Lunatic asylums Madras 1877-1891 - 1877-1891
Year: 1877
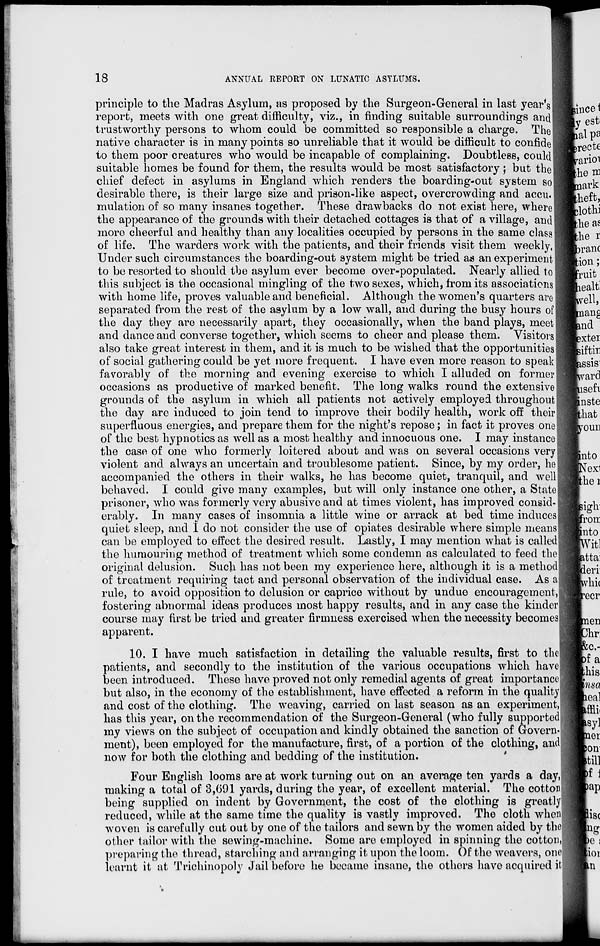
18
ANNUAL REPORT ON LUNATIC ASYLUMS.
principle to the Madras Asylum, as proposed by the Surgeon-General in last year's
report, meets with one great difficulty, viz., in finding suitable surroundings and
trustworthy persons to whom could be committed so responsible a charge. The
native character is in many points so unreliable that it would be difficult to confide
to them poor creatures who would be incapable of complaining. Doubtless, could
suitable homes be found for them, the results would be most satisfactory; but the
chief defect in asylums in England which renders the boarding-out system so
desirable there, is their large size and prison-like aspect, overcrowding and accu-
mulation of so many insanes together. These drawbacks do not exist here, where
the appearance of the grounds with their detached cottages is that of a village, and
more cheerful and healthy than any localities occupied by persons in the same class
of life. The warders work with the patients, and their friends visit them weekly.
Under such circumstances the boarding-out system might be tried as an experiment
to be resorted to should the asylum ever become over-populated. Nearly allied to
this subject is the occasional mingling of the two sexes, which, from its associations
with home life, proves valuable and beneficial. Although the women's quarters are
separated from the rest of the asylum by a low wall, and during the busy hours of
the day they are necessarily apart, they occasionally, when the band plays, meet
and dance and converse together, which seems to cheer and please them. Visitors
also take great interest in them, and it is much to be wished that the opportunities
of social gathering could be yet more frequent. I have even more reason to speak
favorably of the morning and evening exercise to which I alluded on former
occasions as productive of marked benefit. The long walks round the extensive
grounds of the asylum in which all patients not actively employed throughout
the day are induced to join tend to improve their bodily health, work off their
superfluous energies, and prepare them for the night's repose; in fact it proves one
of the best hypnotics as well as a most healthy and innocuous one. I may instance
the case of one who formerly loitered about and was on several occasions very
violent and always an uncertain and troublesome patient. Since, by my order, he
accompanied the others in their walks, he has become quiet, tranquil, and well
behaved. I could give many examples, but will only instance one other, a State
prisoner, who was formerly very abusive and at times violent, has improved consid-
erably. In many cases of insomnia a little wine or arrack at bed time induces
quiet sleep, and I do not consider the use of opiates desirable where simple means
can be employed to effect the desired result. Lastly, I may mention what is called
the humouring method of treatment which some condemn as calculated to feed the
original delusion. Such has not been my experience here, although it is a method
of treatment requiring tact and personal observation of the individual case. As a
rule, to avoid opposition to delusion or caprice without by undue encouragement,
fostering abnormal ideas produces most happy results, and in any case the kinder
course may first be tried and greater firmness exercised when the necessity becomes
apparent.
10. I have much satisfaction in detailing the valuable results, first to the
patients, and secondly to the institution of the various occupations which have
been introduced. These have proved not only remedial agents of great importance
but also, in the economy of the establishment, have effected a reform in the quality
and cost of the clothing. The weaving, carried on last season as an experiment,
has this year, on the recommendation of the Surgeon-General (who fully supported
my views on the subject of occupation and kindly obtained the sanction of Govern-
ment), been employed for the manufacture, first, of a portion of the clothing, and
now for both the clothing and bedding of the institution.
Four English looms are at work turning out on an average ten yards a day,
making a total of 3,691 yards, during the year, of excellent material. The cotton
being supplied on indent by Government, the cost of the clothing is greatly
reduced, while at the same time the quality is vastly improved. The cloth when
woven is carefully cut out by one of the tailors and sewn by the women aided by the
other tailor with the sewing-machine. Some are employed in spinning the cotton,
preparing the thread, starching and arranging it upon the loom. Of the weavers, one
learnt it at Trichinopoly Jail before he became insane, the others have acquired it